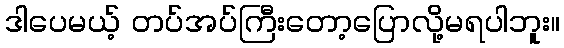
ဒါပေမယ့် တပ်အပ်ကြီးတော့ပြောလို့မရပါဘူး။